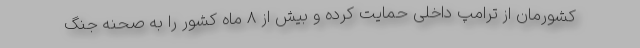
کشورمان از ترامپ داخلی حمایت کرده و بیش از 8 ماه کشور را به صحنه جنگ